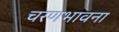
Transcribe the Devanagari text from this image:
चरणभावना